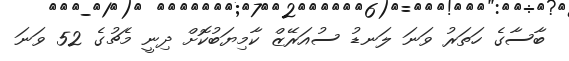
ބާސާގެ ހަތަރު ވަނަ ލަނޑު ސުއަރޭޒް ކާމިޔަބުކޮށް ދިނީ މެޗުގެ 52 ވަނަ